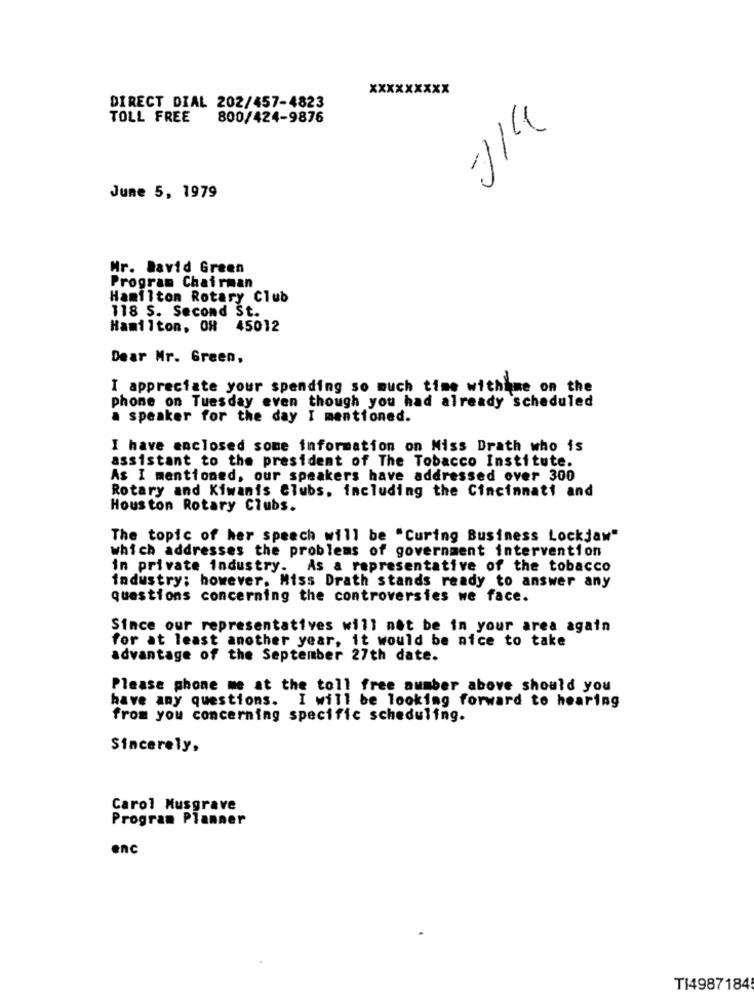
DIRECT DIAL 202/457-4823
TOLL FREE
800/424-9876
3/4
June 5, 1979
Mr. David Green
Program Chairman
Hamilton Rotary Club
118 S. Second St.
Hamilton, OR 45012
Dear Mr. Green,
I appreciate your spending so much time withime on the
phone on Tuesday even though you had already scheduled
a speaker for the day I mentioned.
I have enclosed some information on Miss Drath who is
assistant to the president of The Tobacco Institute.
As I mentioned, our speakers have addressed over 300
Rotary and Kiwanis Clubs, including the Cincinnati and
Houston Rotary Clubs.
The topic of her speech will be "Curing Business Lockjaw"
which addresses the problems of government intervention
in private industry.
As a representative of the tobacco
industry; however, Miss Drath stands ready to answer any
questions concerning the controversies we face.
Since our representatives will not be in your area again
for at least another year, it would be nice to take
advantage of the September 27th date.
Please phone me at the toll free number above should you
have any questions. I will be looking forward to hearing
from you concerning specific scheduling.
Sincerely,
Carol Musgrave
Program Planner
enc
TI4987184